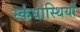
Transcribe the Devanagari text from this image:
स्कंधास्थियों